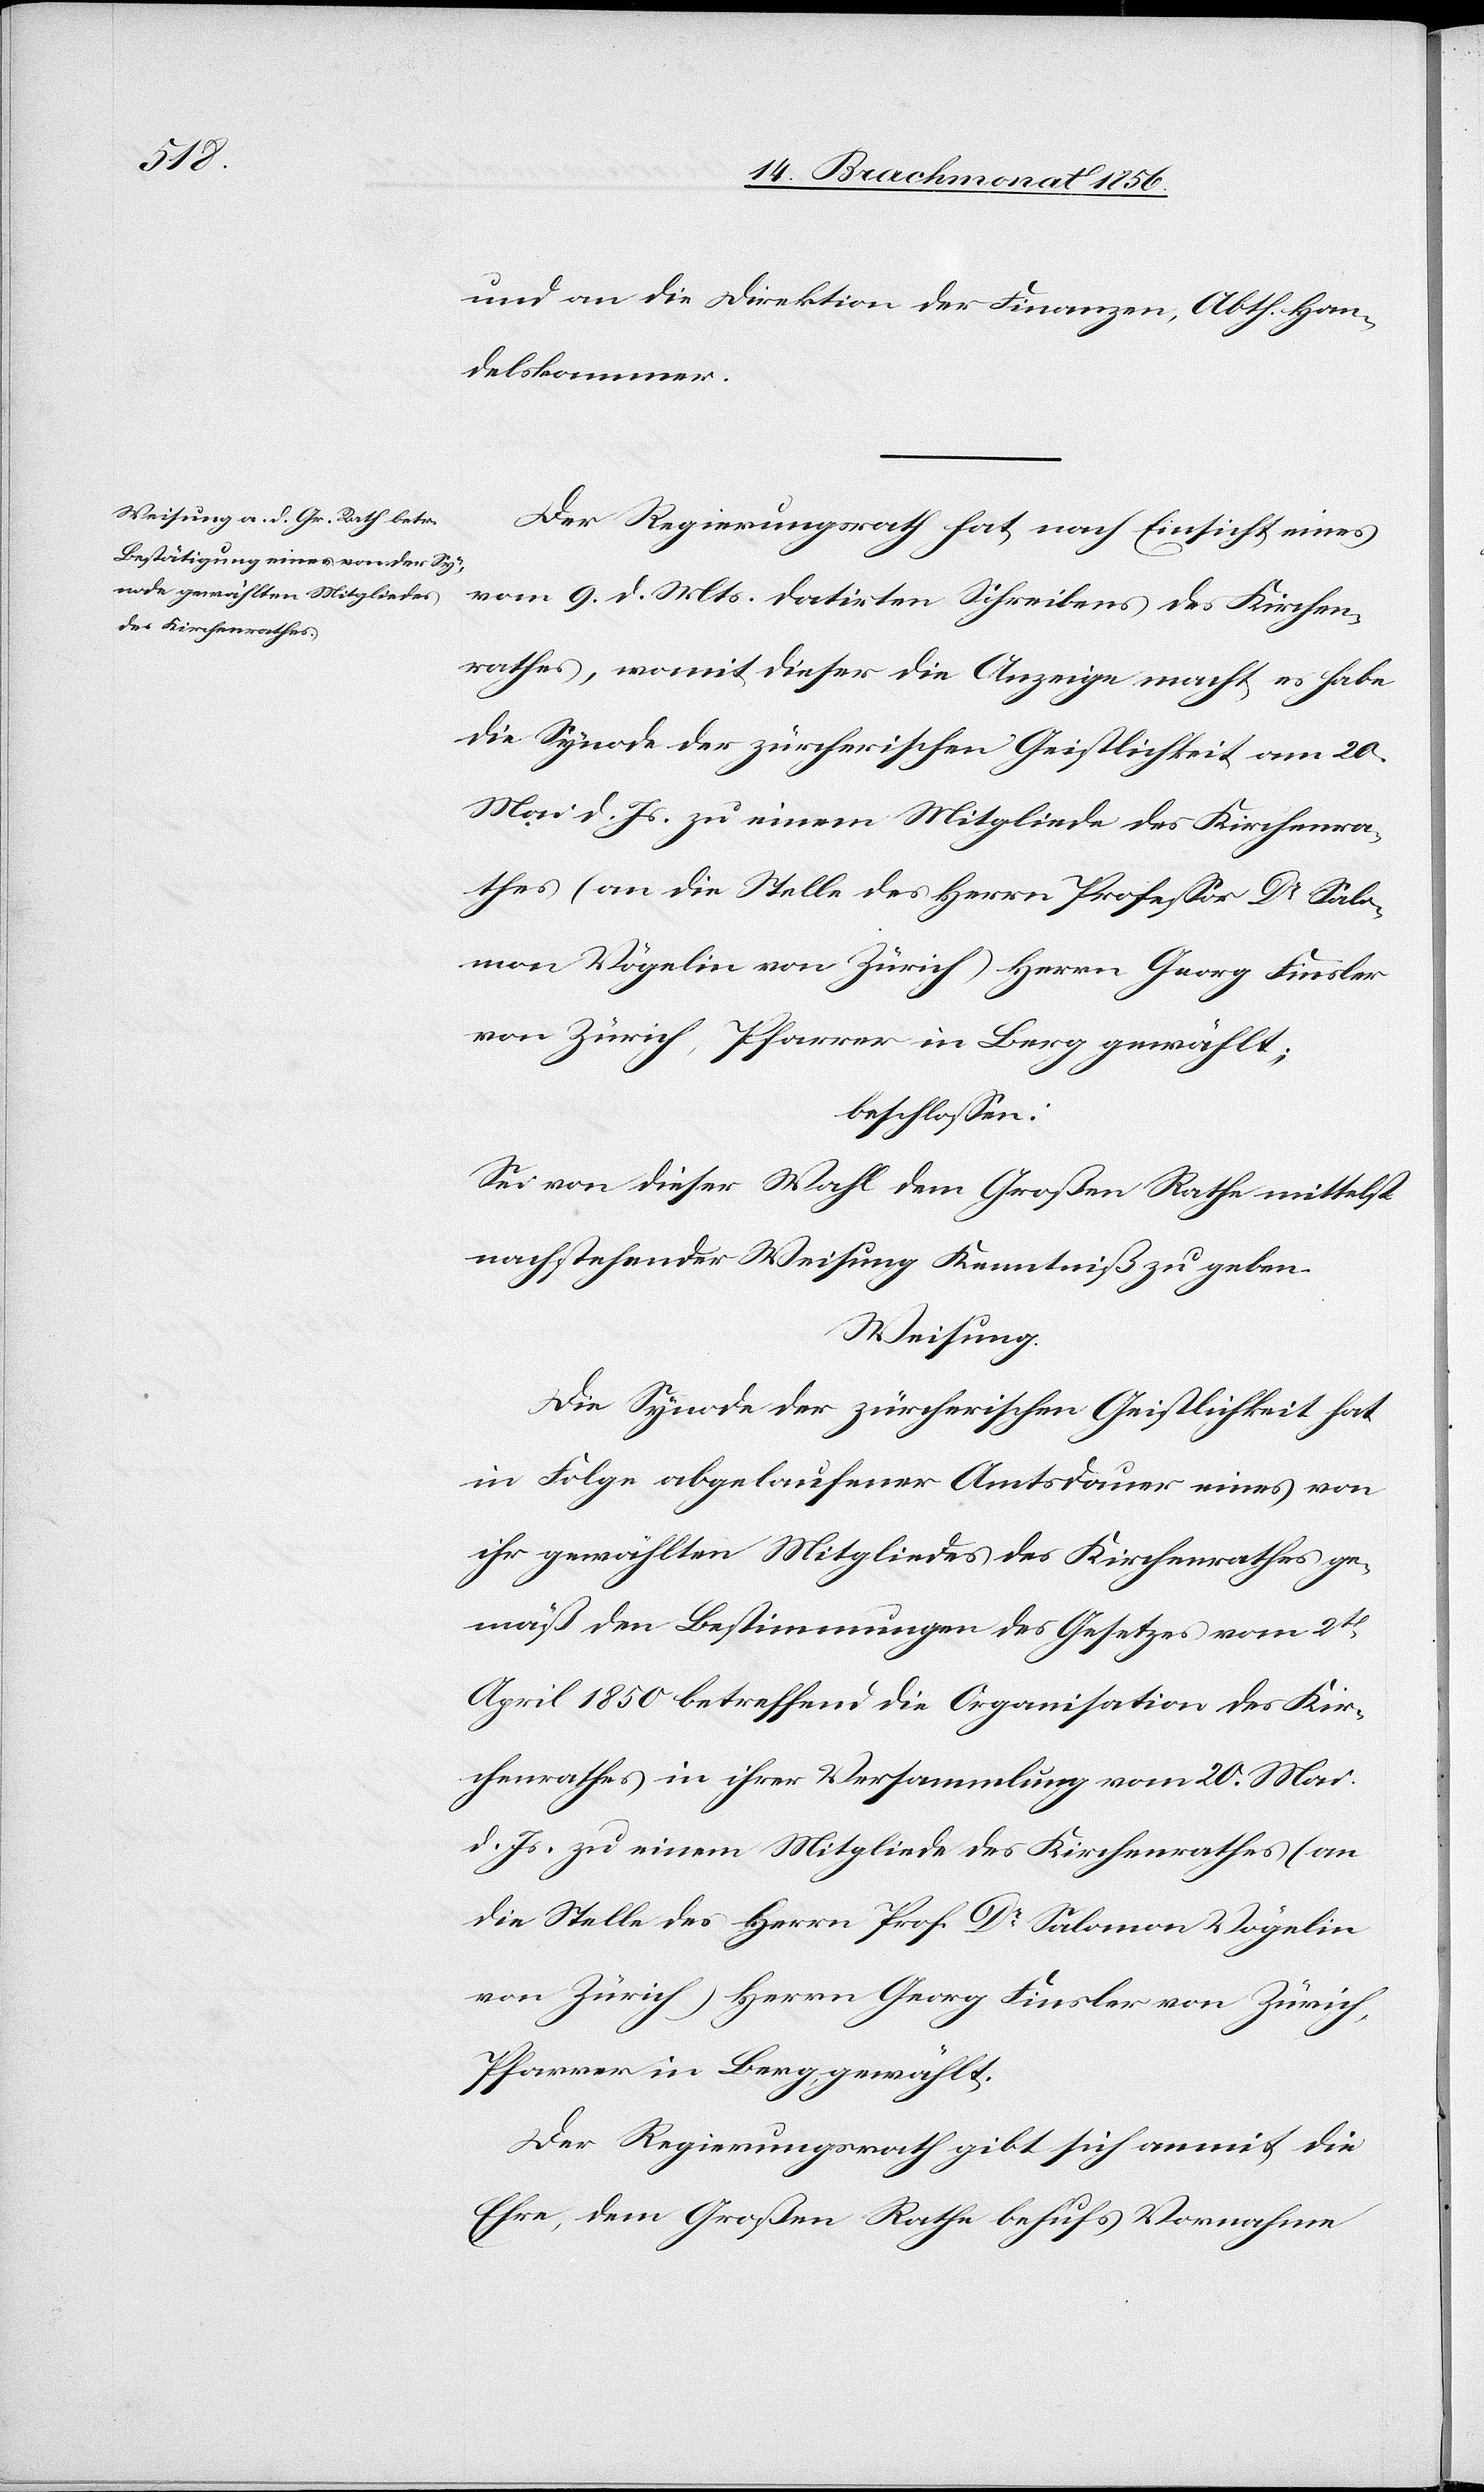
und an die Direktion der Finanzen, Abth. Han¬
delskammer.
Der Regierungsrath hat, nach Einsicht eines
vom 9. d. Mts. datirten Schreibens des Kirchen¬
rathes, womit dieser die Anzeige macht, es habe
die Synode der zürcherischen Geistlichkeit am 20.
Mai d. Js. zu einem Mitgliede des Kirchenra¬
thes (an die Stelle des Herrn Professor Dr Salo¬
mon Vögelin von Zürich) Herrn Georg Finsler
von Zürich, Pfarrer in Berg gewählt,
beschlossen:
Sei von dieser Wahl dem Großen Rathe mittelst
nachstehender Weisung Kenntniß zu geben.
Weisung.
Die Synode der zürcherischen Geistlichkeit hat
in Folge abgelaufener Amtsdauer eines von
ihr gewählten Mitgliedes des Kirchenrathes ge¬
mäß den Bestimmungen des Gesetzes vom 2t
April 1850 betreffend die Organisation des Kir¬
chenrathes in ihrer Versammlung vom 20. Mai
d. Js. zu einem Mitgliede des Kirchenrathes (an
die Stelle des Herrn Prof. Dr Salomon Vögelin
von Zürich) Herrn Georg Finsler von Zürich,
Pfarrer in Berg, gewählt.
Der Regierungsrath gibt sich anmit die
Ehre, dem Großen Rathe behufs Vornahme